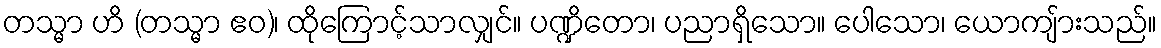
တသ္မာ ဟိ (တသ္မာ ဧဝ)၊ ထိုကြောင့်သာလျှင်။ ပဏ္ဍိတော၊ ပညာရှိသော။ ပေါသော၊ ယောကျ်ားသည်။